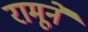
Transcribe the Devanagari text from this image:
रामूने